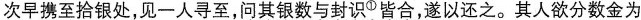
次早携至拾银处，见一人寻至，问其银数与封识^{①}皆合，遂以还之。其人欲分数金为